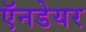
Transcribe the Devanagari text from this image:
ऍनडेयर